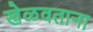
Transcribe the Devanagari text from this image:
खेळवताना